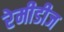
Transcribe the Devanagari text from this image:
रेमीडीज